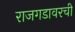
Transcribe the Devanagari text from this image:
राजगडावरची